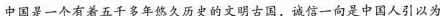
中国是一个有着五千多年久历受的文明古国，诚信一向是中国人引以为